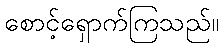
စောင့်ရှောက်ကြသည်။